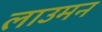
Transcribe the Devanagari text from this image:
लाउमन